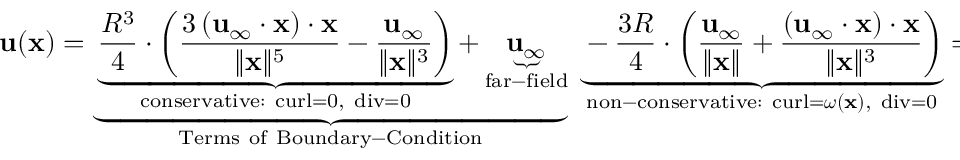
\mathbf { u } ( \mathbf { x } ) = \underbrace { \underbrace { { \frac { R ^ { 3 } } { 4 } } \cdot \left( { \frac { 3 \left( \mathbf { u } _ { \infty } \cdot \mathbf { x } \right) \cdot \mathbf { x } } { \| \mathbf { x } \| ^ { 5 } } } - { \frac { \mathbf { u } _ { \infty } } { \| \mathbf { x } \| ^ { 3 } } } \right) } _ { \mathrm { c o n s e r v a t i v e : ~ c u r l = 0 , ~ d i v = 0 } } + \underbrace { \mathbf { u } _ { \infty } } _ { \mathrm { f a r - f i e l d } } } _ { \mathrm { T e r m s ~ o f ~ B o u n d a r y - C o n d i t i o n } } \; \underbrace { - { \frac { 3 R } { 4 } } \cdot \left( { \frac { \mathbf { u } _ { \infty } } { \| \mathbf { x } \| } } + { \frac { \left( \mathbf { u } _ { \infty } \cdot \mathbf { x } \right) \cdot \mathbf { x } } { \| \mathbf { x } \| ^ { 3 } } } \right) } _ { { \mathrm { n o n - c o n s e r v a t i v e : ~ c u r l } } = { \boldsymbol { \omega } } ( \mathbf { x } ) , { \mathrm { ~ d i v = 0 } } } = \left[ { \frac { 3 R ^ { 3 } } { 4 } } { \frac { \mathbf { x \otimes \mathbf { x } } } { \| \mathbf { x } \| ^ { 5 } } } - { \frac { R ^ { 3 } } { 4 } } { \frac { \mathbb { I } } { \| \mathbf { x } \| ^ { 3 } } } - { \frac { 3 R } { 4 } } { \frac { \mathbf { x } \otimes \mathbf { x } } { \| \mathbf { x } \| ^ { 3 } } } - { \frac { 3 R } { 4 } } { \frac { \mathbb { I } } { \| \mathbf { x } \| } } + \mathbb { I } \right] \cdot \mathbf { u } _ { \infty }